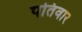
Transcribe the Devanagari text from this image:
पतिवार